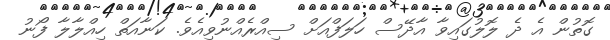
ގޮތުން އެ ދެ ލޮލުގައިވާ އާދޭސް ހަލަފްއަށް ސިއްރެއްނުވިއެވެ. ކަނާއަތް ހިއްލާލާ ފޯނު